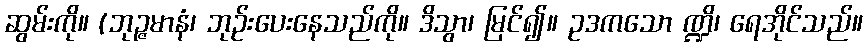
ဆွမ်းကို။ (ဘုဉ္ဇမာနံ၊ ဘုဉ်းပေးနေသည်ကို။ ဒိသွာ၊ မြင်၍။ ဥဒကသော ဏ္ဍိ၊ ရေအိုင်သည်။